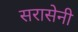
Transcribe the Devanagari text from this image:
सरासेनी